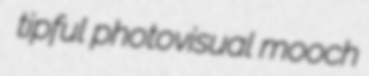
tipful photovisual mooch